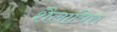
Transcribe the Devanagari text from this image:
शैलाधिश